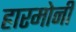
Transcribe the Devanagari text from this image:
हारमोनी